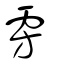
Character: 雱